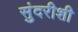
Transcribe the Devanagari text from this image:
सुंदरीशी